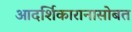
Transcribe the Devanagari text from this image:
आदर्शिकारानासोबत